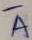
Text: A